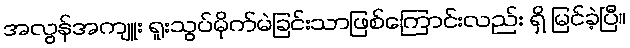
အလွန်အကျူး ရူးသွပ်မိုက်မဲခြင်းသာဖြစ်ကြောင်းလည်း ရှိ မြင်ခဲ့ပြီ။